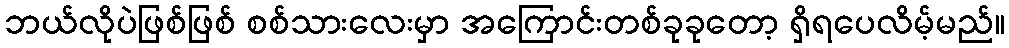
ဘယ်လိုပဲဖြစ်ဖြစ် စစ်သားလေးမှာ အကြောင်းတစ်ခုခုတော့ ရှိရပေလိမ့်မည်။